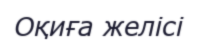
Оқиға желісі